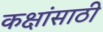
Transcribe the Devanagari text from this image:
कक्षांसाठी